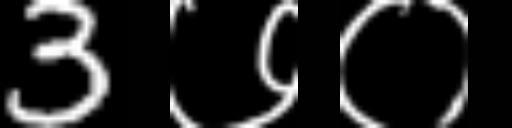
Text: 3७०